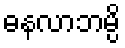
ဓနလာဘမ္ပိ